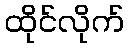
ထိုင်လိုက်